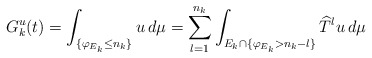
\begin{align*}G_{k}^{u}(t)=\int_{\{\varphi_{E_{k}}\leq n_{k}\}}u\,d\mu=\sum_{l=1}^{n_{k}}\int_{E_{k}\cap\{\varphi_{E_{k}}>n_{k}-l\}}\widehat{T}^{l}u\,d\mu\end{align*}